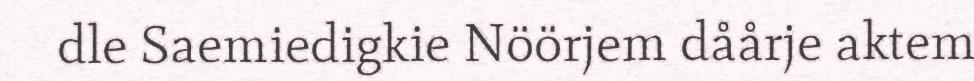
dle Saemiedigkie Nöörjem dåårje aktem